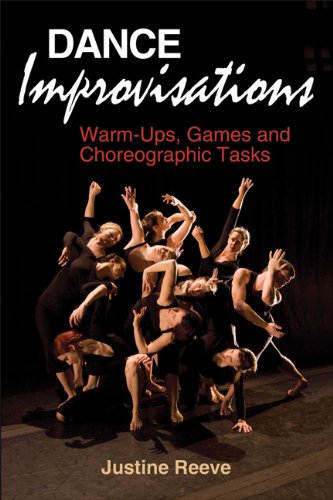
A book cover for Dance Improvisations: Warm-Ups, Games and Choreographic Tasks; Justine Reeve; Humor & Entertainment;